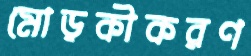
মোড়কীকরণ